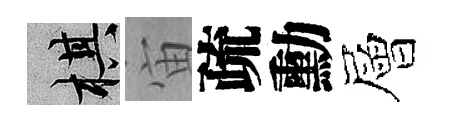
棋宙疏勳層